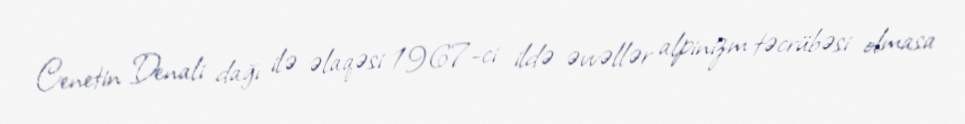
Cenetin Denali dağı ilə əlaqəsi 1967-ci ildə əvvəllər alpinizm təcrübəsi olmasa